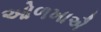
ઓળખાઐ